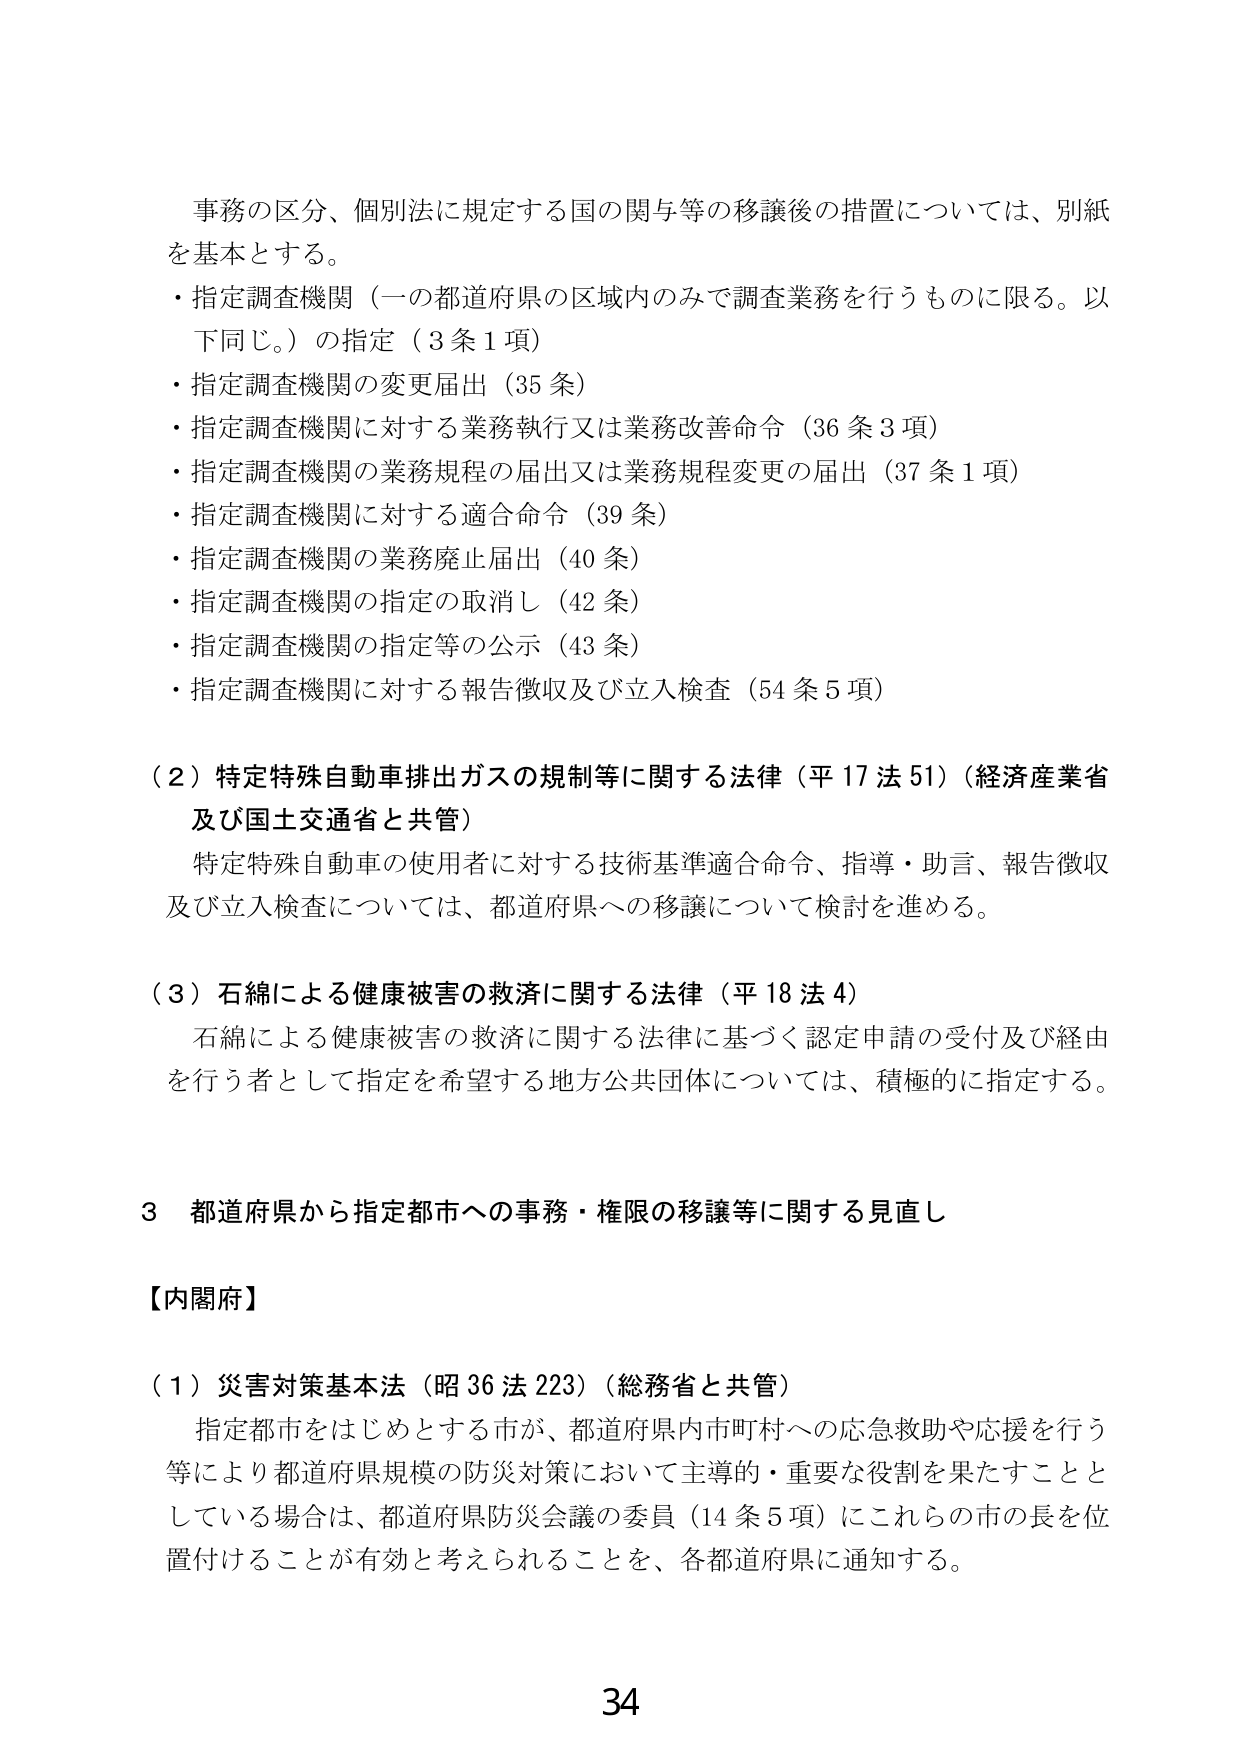
事務の区分、個別法に規定する国の関与等の移譲後の措置については、別紙を基本とする。

・指定調査機関（一の都道府県の区域内のみで調査業務を行うものに限る。以下同じ。）の指定（3条1項）
・指定調査機関の変更届出（35条）
・指定調査機関に対する業務執行又は業務改善命令（36条3項）
・指定調査機関の業務規程の届出又は業務規程変更の届出（37条1項）
・指定調査機関に対する適合命令（39条）
・指定調査機関の業務廃止届出（40条）
・指定調査機関の指定の取消し（42条）
・指定調査機関の指定等の公示（43条）
・指定調査機関に対する報告徴収及び立入検査（54条5項）

（2）特定特殊自動車排出ガスの規制等に関する法律（平17法51）（経済産業省及び国土交通省と共管）
特定特殊自動車の使用者に対する技術基準適合命令、指導・助言、報告徴収及び立入検査については、都道府県への移譲について検討を進める。

（3）石綿による健康被害の救済に関する法律（平18法4）
石綿による健康被害の救済に関する法律に基づく認定申請の受付及び経由を行う者として指定を希望する地方公共団体については、積極的に指定する。

3 都道府県から指定都市への事務・権限の移譲等に関する見直し

【内閣府】

（1）災害対策基本法（昭36法223）（総務省と共管）
指定都市をはじめとする市が、都道府県内市町村への応急救助や応援を行う等により都道府県規模の防災対策において主導的・重要な役割を果たすこととしている場合は、都道府県防災会議の委員（14条5項）にこれらの市の長を位置付けることが有効と考えられることを、各都道府県に通知する。

34